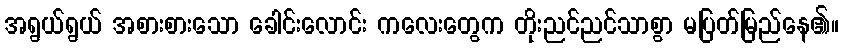
အရွယ်ရွယ် အစားစားသော ခေါင်းလောင်း ကလေးတွေက တိုးညင်ညင်သာစွာ မပြတ်မြည်နေ၏။